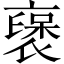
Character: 襃